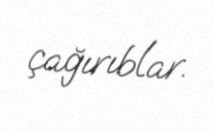
çağırıblar.